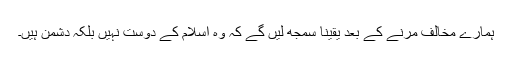
ہمارے مخالف مرنے کے بعد یقینا سمجھ لیں گے کہ وہ اسلام کے دوست نہیں بلکہ دشمن ہیں۔